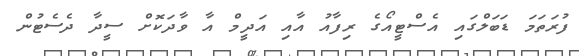
ފުރަތަމަ ޑަބަލްގައި އެސްޓީއޯގެ ރިފާއު އާއި އަދީމް އާ ވާދަކޮށް ސީދާ ދެސެޓުން